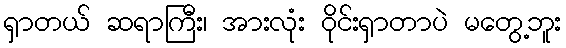
ရှာတယ် ဆရာကြီး၊ အားလုံး ဝိုင်းရှာတာပဲ မတွေ့ဘူး